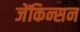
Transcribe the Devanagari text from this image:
जेंकिन्सन